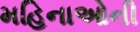
મહિનાઓની